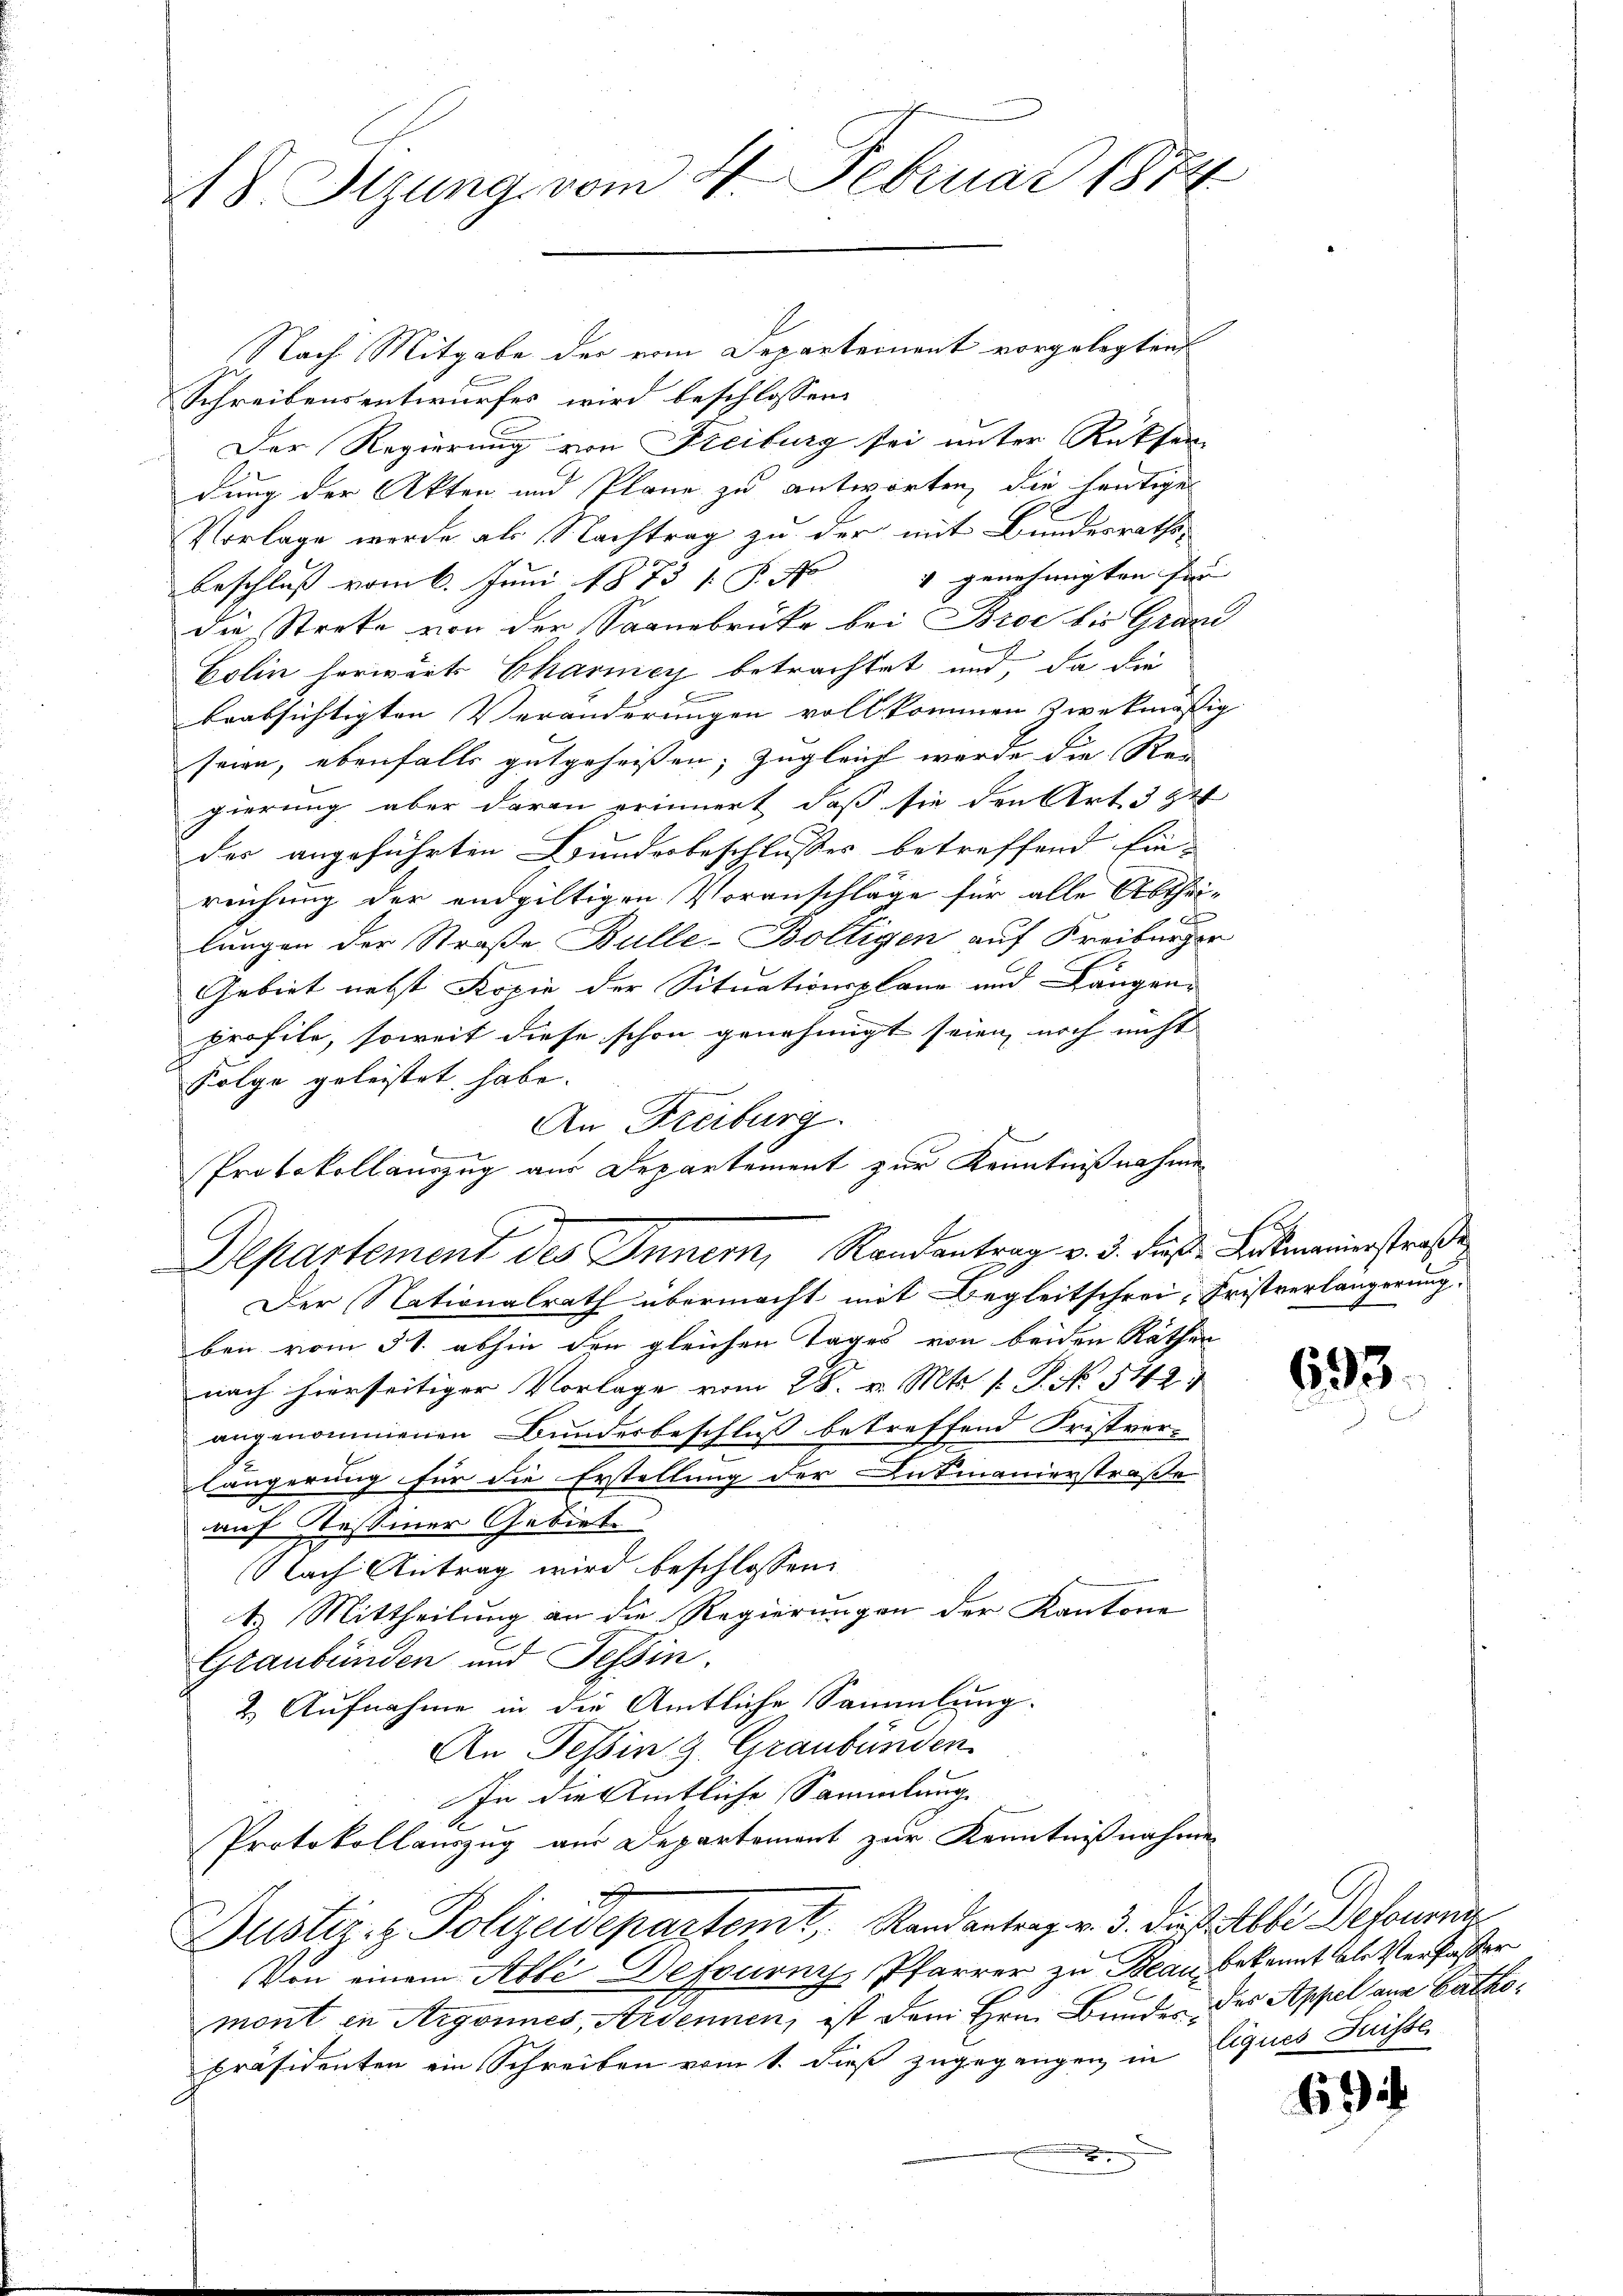
218. Stzung vom 4. Februar 1874

Nach Mitgabe der vom Departement vorgelegten
Schreibensentwurfes wird beschlossen:
Der Regierung von Freiburg sei unter Rückfer-
dung der Akten und Pläne zu antworten, die heutige
Vorlage werde als Nachtrag zu der mit Bundesrathe
v genehmigten Ein- |
Beschluss vom 6. Juni 1873 1 S. No
die Streke von der Saanebrüke bei Broc bis Grand
Golin herwärts Chariney betrachtet und, da die
F
beabsichtigten Veränderungen vollkommen zwekmäßig
seien, ebenfalls gutgeheißen; zugleich wurde die Rei
gierung aber darin erinnert, daß sie den Art. 3 & 4
des angeführten Bundesbeschlusses betreffend Ein-
reichung der endgültigen Voranschläge für alle Abthei-

lungen der Straße Bulle-Boltigen auf Freiburger
Gebiet nebst Kopie der Situationsplane und Längen-
profile, soweit diese schon genehmigt seien, noch nicht |
Folge geleistet habe.
An Freiburg.
Protokollauszug aus Departement zur Kenntnißnahme
Departement des Inner, Randantrag v. 5. daß Lukmannsstraße
Der Nationalrath übermacht mit Begleitschrei, Fristverlängerung.
ben vom 31. abhin den gleichen Tages von beiden Räthen
nach hierseitiger Vorlage vom 28. v. Mts. 1. P. Nr. 542
angenommenen Bundesbeschluß betreffend Fristver-
längerung für die Erstellung der Dutmanierstraße
auf Tessiner Gebiet
(Nach Antrag wird beschlossen:
1.) Mittheilung an die Regierungen der Kantone
Graubünden und Tessin.
2. Aufnahme in die Amtliche Sammlung.
An Tessing. Graubünden
In die Amtliche Sammlung.
Protokollauszug aus Departement zur Kenntnißnahme
Justiz- & Polizeidepartemt, Randantrag v. 3. die Abbe Defonen
Von einem Able Defourni, Pfarrer zu Beau bekannt als Verfaßer
mont in Argonnes, Ardennen, ist dem Hrn. Bunde der Appel aus Catho¬
Präsidenten ein Schreiben vom 1. dieß zugegangen in liques Friste

hat

693